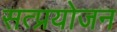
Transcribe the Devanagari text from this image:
सत्प्रयोजन